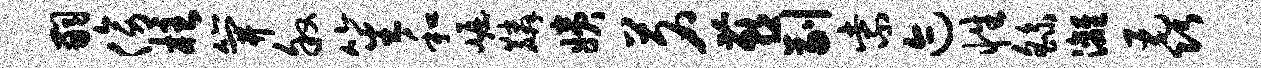
嗣傍柱笄叙笙和崛麟姨茗燕副紫迹性繇漓毳